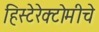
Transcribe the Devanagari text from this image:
हिस्टेरेक्टोमीचे